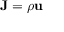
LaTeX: \mathbf { J } = \rho \mathbf { u }